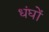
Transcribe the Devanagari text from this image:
धंघों